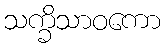
သက္ခိသာဝကော